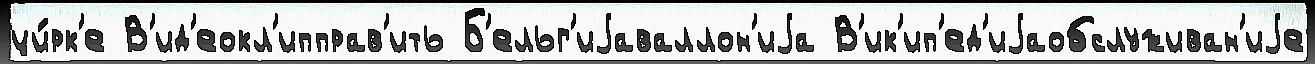
ци́рк'е В'ид'еокл'ипправ'ить Б'ельг'иjаваллон'иjа В'ик'ип'ед'иjаобслуживан'иjе